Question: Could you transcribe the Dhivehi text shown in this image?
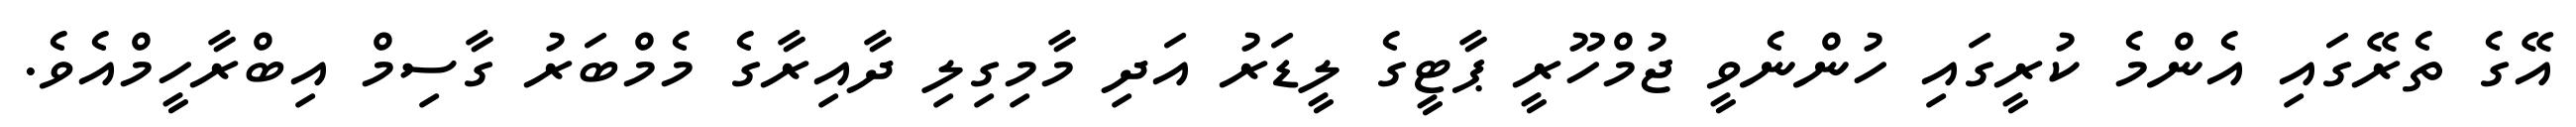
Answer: އޭގެ ތެރޭގައި އެންމެ ކުރީގައި ހުންނެވީ ޖުމްހޫރީ ޕާޓީގެ ލީޑަރު އަދި މާމިގިލި ދާއިރާގެ މެމްބަރު ގާސިމް އިބްރާހީމްއެވެ.